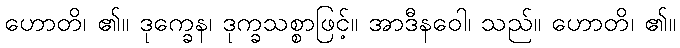
ဟောတိ၊ ၏။ ဒုက္ခေန၊ ဒုက္ခသစ္စာဖြင့်။ အာဒီနဝေါ၊ သည်။ ဟောတိ၊ ၏။